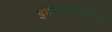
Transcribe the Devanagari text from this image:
इण्डियापोलिस